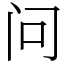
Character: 问